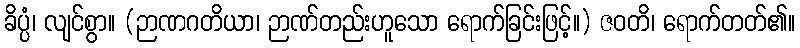
ခိပ္ပံ၊ လျင်စွာ။ (ဉာဏဂတိယာ၊ ဉာဏ်တည်းဟူသော ရောက်ခြင်းဖြင့်။) ဇဝတိ၊ ရောက်တတ်၏။